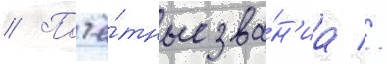
// Почё́тные зва́н'иа //